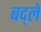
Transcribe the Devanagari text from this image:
बद्ले